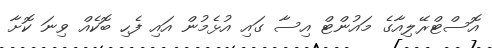
އޮސްޓްރޭލިއާގެ މައުންޓް އިސާ ގައި އުޅެމުން އައި ފެހި ބޮކެއް ވިނަ ކޮށާ